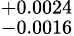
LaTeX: ^{+0.0024}_{-0.0016}